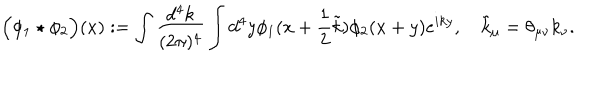
LaTeX: \Big ( \phi _ { 1 } \star \phi _ { 2 } \Big ) ( x ) : = \int \frac { d ^ { 4 } k } { ( 2 \pi ) ^ { 4 } } \int d ^ { 4 } y \phi _ { 1 } ( x + \frac 1 2 \tilde { k } ) \phi _ { 2 } ( x + y ) e ^ { i k y } , \quad \tilde { k } _ { \mu } = \theta _ { \mu \nu } k _ { \nu } .